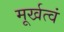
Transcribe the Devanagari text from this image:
मूर्खत्वं